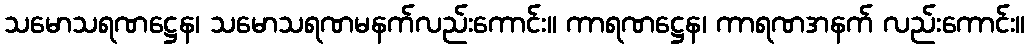
သမောသရဏဋ္ဌေန၊ သမောသရဏမနက်လည်းကောင်း။ ကာရဏဋ္ဌေန၊ ကာရဏအနက် လည်းကောင်း။